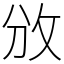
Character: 攽